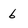
Character: 6